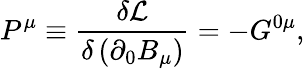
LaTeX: P^{\mu}\equiv\frac{\delta\mathcal{L}}{\delta\left(\partial_{0}B_{\mu}\right)}=-G^{0\mu},